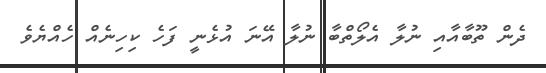
ދެން ތޫބާއާއި ނުލާ އެލޯތްބާ ނުލާ އޭނަ އުޅެނީ ފަހެ ކިހިނެއް ހެއްޔެވެ